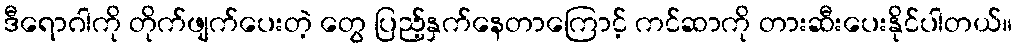
ဒီရောဂါကို တိုက်ဖျက်ပေးတဲ့ တွေ ပြည့်နှက်နေတာကြောင့် ကင်ဆာကို တားဆီးပေးနိုင်ပါတယ်။